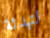
لتهدئة